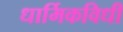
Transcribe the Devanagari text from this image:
धार्मिकविधी